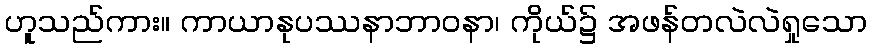
ဟူသည်ကား။ ကာယာနုပဿနာဘာဝနာ၊ ကိုယ်၌ အဖန်တလဲလဲရှုသော